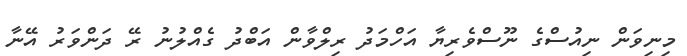
މިނިވަން ނިއުސްގެ ނޫސްވެރިޔާ އަހްމަދު ރިލްވާން އަބްދު ގެއްލުނު ރޭ ދަންވަރު އޭނާ